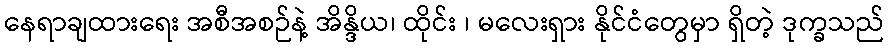
နေရာချထားရေး အစီအစဉ်နဲ့ အိန္ဒိယ၊ ထိုင်း ၊ မလေးရှား နိုင်ငံတွေမှာ ရှိတဲ့ ဒုက္ခသည်